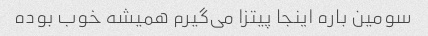
سومین باره اینجا پیتزا می‌گیرم همیشه خوب بوده